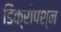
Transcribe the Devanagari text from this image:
डिक्रीपश्न